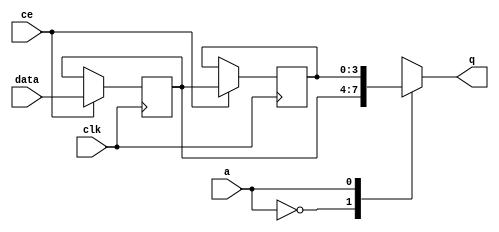
// Copyright (C) 2022, Advanced Micro Devices, Inc. All rights reserved.
// SPDX-License-Identifier: MIT
// ==============================================================
// ==============================================================

`timescale 1 ns / 1 ps

module pp_pipeline_accel_fifo_w4_d2_S_shiftReg (
    clk,
    data,
    ce,
    a,
    q);

parameter DATA_WIDTH = 32'd4;
parameter ADDR_WIDTH = 32'd1;
parameter DEPTH = 2'd2;

input clk;
input [DATA_WIDTH-1:0] data;
input ce;
input [ADDR_WIDTH-1:0] a;
output [DATA_WIDTH-1:0] q;

reg[DATA_WIDTH-1:0] SRL_SIG [0:DEPTH-1];
integer i;

always @ (posedge clk)
    begin
        if (ce)
        begin
            for (i=0;i<DEPTH-1;i=i+1)
                SRL_SIG[i+1] <= SRL_SIG[i];
            SRL_SIG[0] <= data;
        end
    end

assign q = SRL_SIG[a];

endmodule

module pp_pipeline_accel_fifo_w4_d2_S (
    clk,
    reset,
    if_num_data_valid,
    if_fifo_cap,
    if_empty_n,
    if_read_ce,
    if_read,
    if_dout,
    if_full_n,
    if_write_ce,
    if_write,
    if_din);

parameter MEM_STYLE   = "shiftreg";
parameter DATA_WIDTH  = 32'd4;
parameter ADDR_WIDTH  = 32'd1;
parameter DEPTH       = 2'd2;

input clk;
input reset;
output if_empty_n;
input if_read_ce;
input if_read;
output wire [ADDR_WIDTH:0] if_num_data_valid;
output wire [ADDR_WIDTH:0] if_fifo_cap;
output[DATA_WIDTH - 1:0] if_dout;
output if_full_n;
input if_write_ce;
input if_write;
input[DATA_WIDTH - 1:0] if_din;

wire[ADDR_WIDTH - 1:0] shiftReg_addr ;
wire[DATA_WIDTH - 1:0] shiftReg_data, shiftReg_q;
wire                     shiftReg_ce;
reg[ADDR_WIDTH:0] mOutPtr = ~{(ADDR_WIDTH+1){1'b0}};
reg internal_empty_n = 0;
reg internal_full_n = 1;

assign if_full_n = internal_full_n;
assign if_empty_n = internal_empty_n;
assign shiftReg_data = if_din;
assign if_dout = shiftReg_q;

always @ (posedge clk) begin
    if (reset == 1'b1)
    begin
        mOutPtr <= ~{ADDR_WIDTH+1{1'b0}};
        internal_empty_n <= 1'b0;
        internal_full_n <= 1'b1;
    end
    else begin
        if (((if_read & if_read_ce) == 1 & internal_empty_n == 1) && 
            ((if_write & if_write_ce) == 0 | internal_full_n == 0))
        begin
            mOutPtr <= mOutPtr - 2'd1;
            if (mOutPtr == 2'd0)
                internal_empty_n <= 1'b0;
            internal_full_n <= 1'b1;
        end 
        else if (((if_read & if_read_ce) == 0 | internal_empty_n == 0) && 
            ((if_write & if_write_ce) == 1 & internal_full_n == 1))
        begin
            mOutPtr <= mOutPtr + 2'd1;
            internal_empty_n <= 1'b1;
            if (mOutPtr == DEPTH - 2'd2)
                internal_full_n <= 1'b0;
        end 
    end
end

assign shiftReg_addr = mOutPtr[ADDR_WIDTH] == 1'b0 ? mOutPtr[ADDR_WIDTH-1:0]:{ADDR_WIDTH{1'b0}};
assign shiftReg_ce = (if_write & if_write_ce) & internal_full_n;
assign if_num_data_valid = mOutPtr + 1'b1;
assign if_fifo_cap = DEPTH;

pp_pipeline_accel_fifo_w4_d2_S_shiftReg 
#(
    .DATA_WIDTH(DATA_WIDTH),
    .ADDR_WIDTH(ADDR_WIDTH),
    .DEPTH(DEPTH))
U_pp_pipeline_accel_fifo_w4_d2_S_ram (
    .clk(clk),
    .data(shiftReg_data),
    .ce(shiftReg_ce),
    .a(shiftReg_addr),
    .q(shiftReg_q));

endmodule